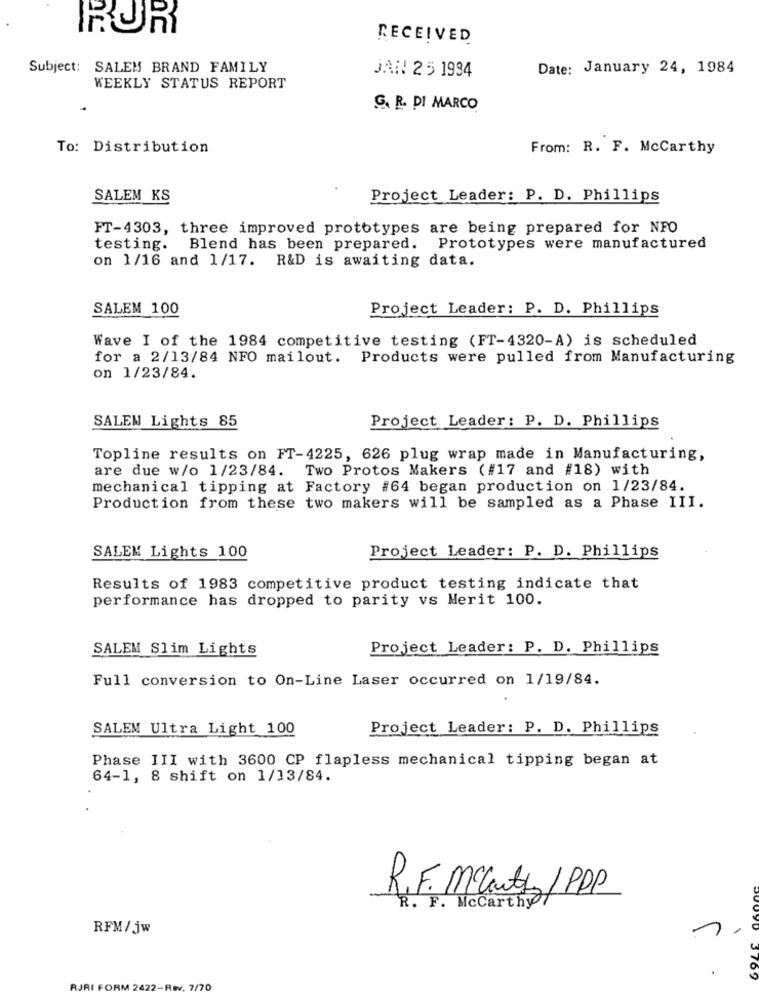
RUR
RECEIVED
Subject: SALEM BRAND FAMILY
JAN! 25 1994
Date: January 24, 1984
WEEKLY STATUS REPORT
G. R. DI MARCO
To: Distribution
From: R. F. McCarthy
SALEM KS
Project Leader: P. D. Phillips
FT-4303, three improved prototypes are being prepared for NFO
testing. Blend has been prepared. Prototypes were manufactured
on 1/16 and 1/17. R&D is awaiting data.
SALEM 100
Project Leader: P. D. Phillips
Wave I of the 1984 competitive testing (FT-4320-A) is scheduled
for a 2/13/84 NFO mailout. Products were pulled from Manufacturing
on 1/23/84.
SALEM Lights 85
Project Leader : P. D. Phillips
Topline results on FT-4225, 626 plug wrap made in Manufacturing,
are due w/o 1/23/84. Two Protos Makers (#17 and #18) with
mechanical tipping at Factory #64 began production on 1/23/84.
Production from these two makers will be sampled as a Phase III.
SALEM Lights 100
Project Leader: P. D. Phillips
Results of 1983 competitive product testing indicate that
performance has dropped to parity vs Merit 100.
SALEM Slim Lights
Project Leader: P. D. Phillips
Full conversion to On-Line Laser occurred on 1/19/84.
SALEM Ultra Light 100
Project Leader: P. D. Phillips
Phase III with 3600 CP flapless mechanical tipping began at
64-1, 8 shift on 1/13/84.
R.F. Mcarthy/ PPP
R. F. Mccarthy/
RFM/jw
3769
RJRI FORM 2422-Rev. 7/70